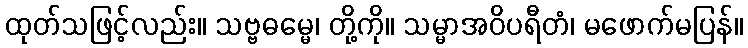
ထုတ်သဖြင့်လည်း။ သဗ္ဗဓမ္မေ၊ တို့ကို။ သမ္မာအဝိပရီတံ၊ မဖောက်မပြန်။